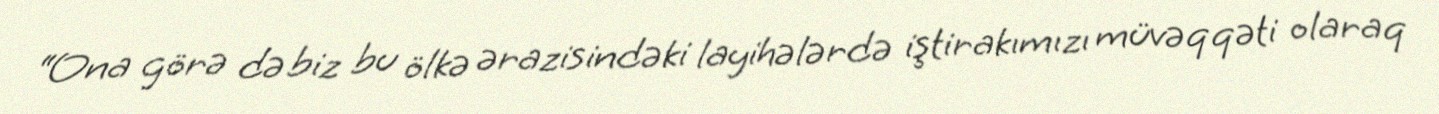
“Ona görə də biz bu ölkə ərazisindəki layihələrdə iştirakımızı müvəqqəti olaraq